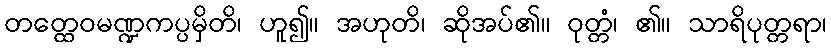
တတ္ထေဝမဏ္ဍကပ္ပမှိတိ၊ ဟူ၍။ အဟုတိ၊ ဆိုအပ်၏။ ဝုတ္တံ၊ ၏။ သာရိပုတ္တရာ၊